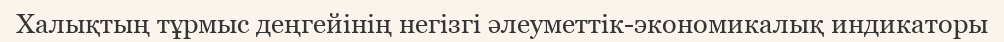
Халықтың тұрмыс деңгейінің негізгі әлеуметтік-экономикалық индикаторы